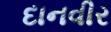
દાનવીર